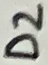
Text: D2